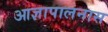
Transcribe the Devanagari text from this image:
आज्ञापालनास